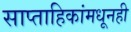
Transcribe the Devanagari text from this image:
साप्ताहिकांमधूनही